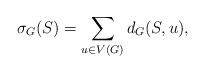
LaTeX: \begin{align*} \sigma_G(S)=\sum_{u\in V(G)}d_G(S,u), \end{align*}